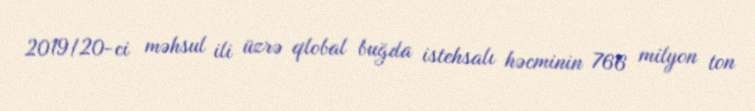
2019/20-ci məhsul ili üzrə qlobal buğda istehsalı həcminin 766 milyon ton